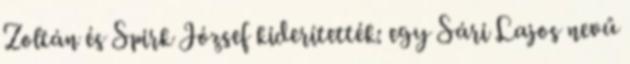
Zoltán és Spirk József kiderítették: egy Sári Lajos nevű